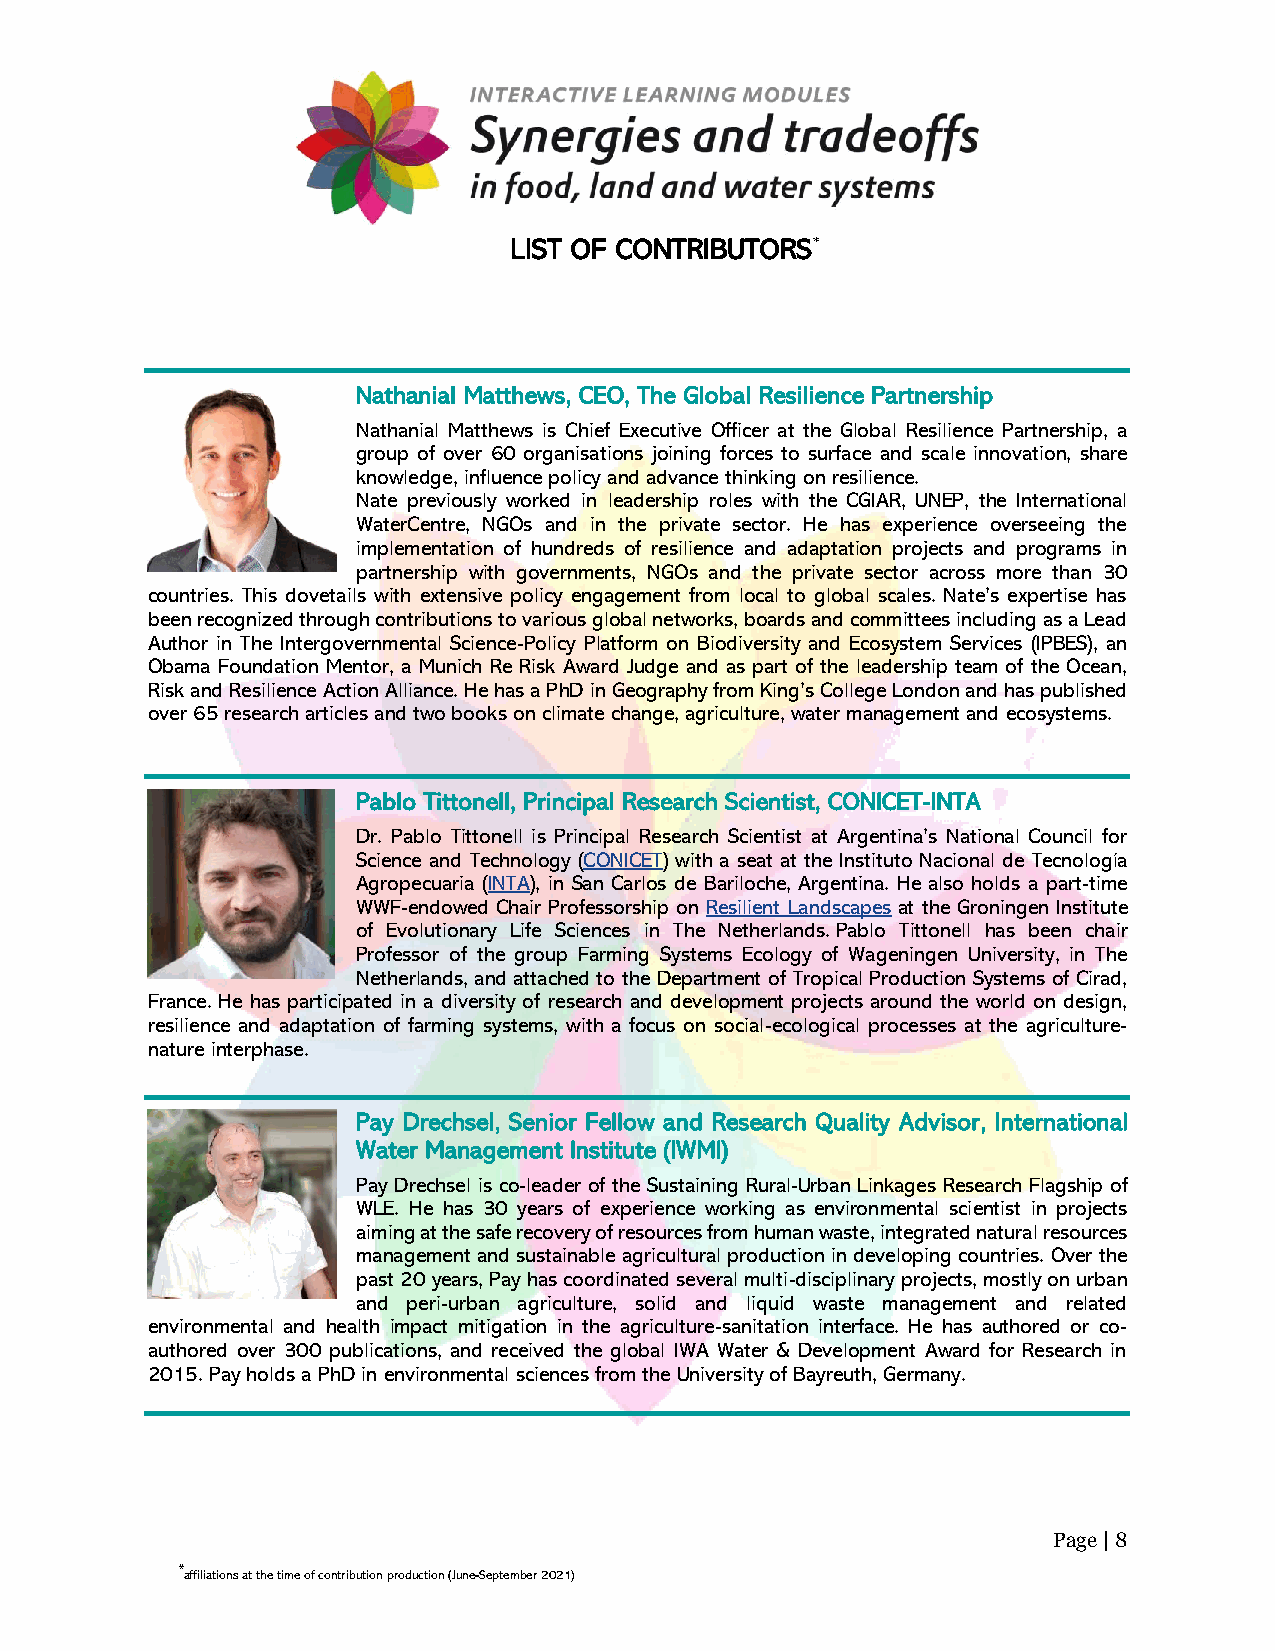
LIST OF CONTRIBUTORS*
 Nathanial Matthews, CEO, The Global Resilience Partnership
 Nathanial Matthews is Chief Executive Officer at the Global Resilience Partnership, a
 group of over 60 organisations joining forces to surface and scale innovation, share
 knowledge, influence policy and advance thinking on resilience.
 Nate previously worked in leadership roles with the CGIAR, UNEP, the International
 WaterCentre, NGOs and in the private sector. He has experience overseeing the
 implementation of hundreds of resilience and adaptation projects and programs in
 partnership with governments, NGOs and the private sector across more than 30
 countries. This dovetails with extensive policy engagement from local to global scales. Nate’s expertise has
 been recognized through contributions to various global networks, boards and committees including as a Lead
 Author in The Intergovernmental Science-Policy Platform on Biodiversity and Ecosystem Services (IPBES), an
 Obama Foundation Mentor, a Munich Re Risk Award Judge and as part of the leadership team of the Ocean,
 Risk and Resilience Action Alliance. He has a PhD in Geography from King’s College London and has published
 over 65 research articles and two books on climate change, agriculture, water management and ecosystems.
 Pablo Tittonell, Principal Research Scientist, CONICET-INTA
 Dr. Pablo Tittonell is Principal Research Scientist at Argentina’s National Council for
 Science and Technology (CONICET) with a seat at the Instituto Nacional de Tecnología
 Agropecuaria (INTA), in San Carlos de Bariloche, Argentina. He also holds a part-time
 WWF-endowed Chair Professorship on Resilient Landscapes at the Groningen Institute
 of Evolutionary Life Sciences in The Netherlands. Pablo Tittonell has been chair
 Professor of the group Farming Systems Ecology of Wageningen University, in The
 Netherlands, and attached to the Department of Tropical Production Systems of Cirad,
 France. He has participated in a diversity of research and development projects around the world on design,
 resilience and adaptation of farming systems, with a focus on social-ecological processes at the agriculture-
 nature interphase.
 Pay Drechsel, Senior Fellow and Research Quality Advisor, International
 Water Management Institute (IWMI)
 Pay Drechsel is co-leader of the Sustaining Rural-Urban Linkages Research Flagship of
 WLE. He has 30 years of experience working as environmental scientist in projects
 aiming at the safe recovery of resources from human waste, integrated natural resources
 management and sustainable agricultural production in developing countries. Over the
 past 20 years, Pay has coordinated several multi-disciplinary projects, mostly on urban
 and peri-urban agriculture, solid and liquid waste management and related
 environmental and health impact mitigation in the agriculture-sanitation interface. He has authored or co-
 authored over 300 publications, and received the global IWA Water & Development Award for Research in
 2015. Pay holds a PhD in environmental sciences from the University of Bayreuth, Germany.
 Page | 8
 *affiliations at the time of contribution production (June-September 2021)